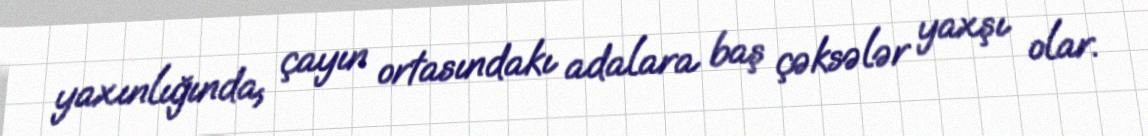
yaxınlığında, çayın ortasındakı adalara baş çəksələr yaxşı olar.